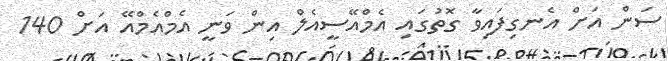
ސަން އަށް އެނގިފައިވާ ގޮތުގައި އެމްއޭސީއެލް އިން ވަނީ އެމްއެމްއޭ އަށް 140